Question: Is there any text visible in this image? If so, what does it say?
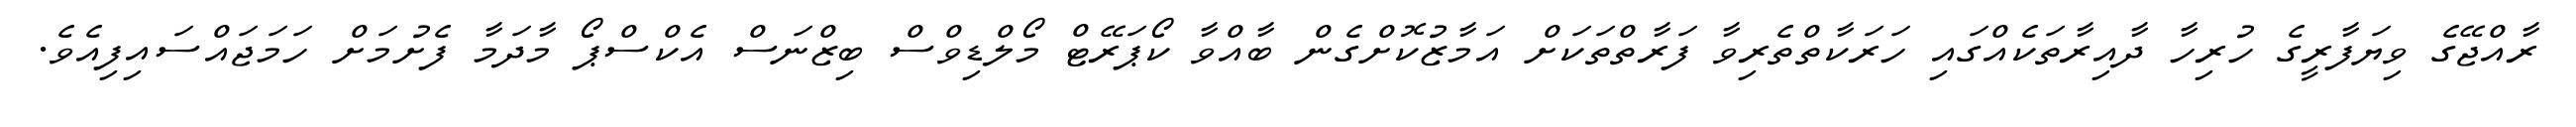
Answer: ރާއްޖޭގެ ވިޔަފާރީގެ ހުރިހާ ދާއިރާތަކެއްގައި ހަރަކާތްތެރިވާ ފަރާތްތަކަށް އަމާޒުކޮށްގެން ބާއްވާ ކޯޕަރޭޓް މޯލްޑިވްސް ބިޒްނަސް އެކްސްޕޯ މާދަމާ ފެށުމަށް ހަމަޖައްސައިފިއެވެ.